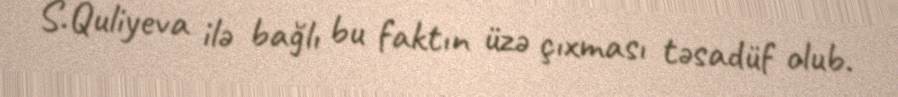
S.Quliyeva ilə bağlı bu faktın üzə çıxması təsadüf olub.